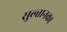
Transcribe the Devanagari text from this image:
सुल्तानका